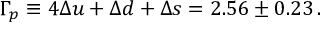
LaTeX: \Gamma _ { p } \equiv 4 \Delta u + \Delta d + \Delta s = 2 . 5 6 \pm 0 . 2 3 \, .